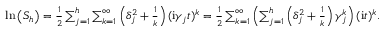
\begin{array} { r l r } & { } & { \mathrm { l n } \left( S _ { h } \right) = \frac { 1 } { 2 } \sum _ { j = 1 } ^ { h } \sum _ { k = 1 } ^ { \infty } \left( \delta _ { j } ^ { 2 } + \frac { 1 } { k } \right) ( \mathrm { i } \gamma _ { j } t ) ^ { k } = \frac { 1 } { 2 } \sum _ { k = 1 } ^ { \infty } \left( \sum _ { j = 1 } ^ { h } \left( \delta _ { j } ^ { 2 } + \frac { 1 } { k } \right) \gamma _ { j } ^ { k } \right) ( \mathrm { i } t ) ^ { k } . } \end{array}